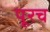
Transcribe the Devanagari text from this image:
पूरच